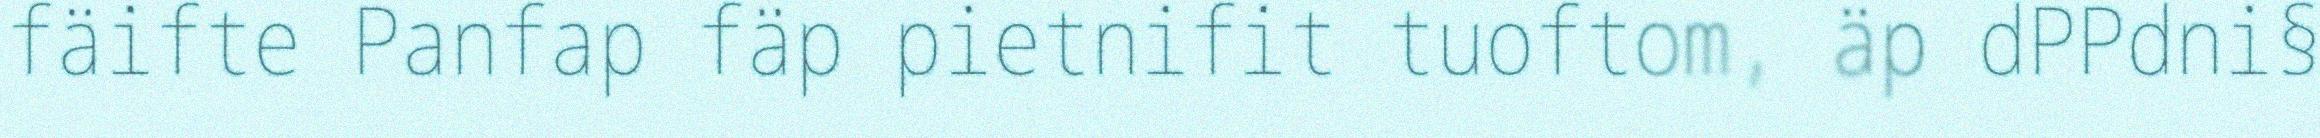
fäifte Panfap fäp pietnifit tuoftom, äp dPPdni§